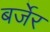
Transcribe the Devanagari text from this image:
बर्जेर